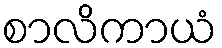
စာလိကာယံ